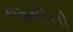
જમીની